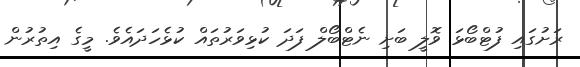
ރަށުގައި ފުޓްބޯޅަ ވޮލީ ބަށި ނެޓްބޯލް ފަދަ ކުޅިވަރުތައް ކުޅެހަދައެވެ. މީގެ އިތުރުން